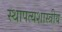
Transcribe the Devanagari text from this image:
स्थापत्यशास्त्रीय